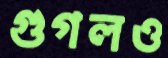
গুগলও